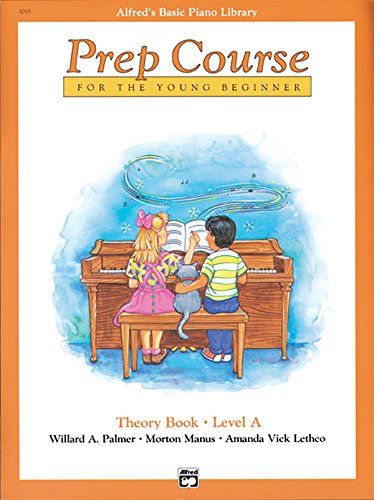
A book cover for Alfred's Basic Piano Library: Prep Course Theory Book Level A; Willard Palmer; Arts & Photography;